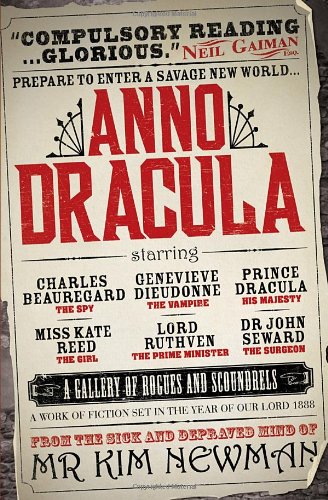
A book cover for Anno Dracula; Kim Newman; Literature & Fiction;